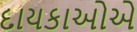
દાયકાઓએ